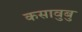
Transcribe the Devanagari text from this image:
कसावुबु